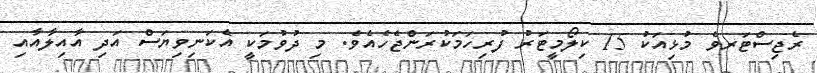
ރެޖިސްޓަރވެ މުޅިއަކު 15 ކިލޯމީޓަރު ފުރިހަމަކުރަންޖެހެއެވެ. މި ދުވުމަކީ އެކަނިވިޔަސް އަދި އާއިލާއާއި